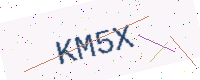
Text: KM5X